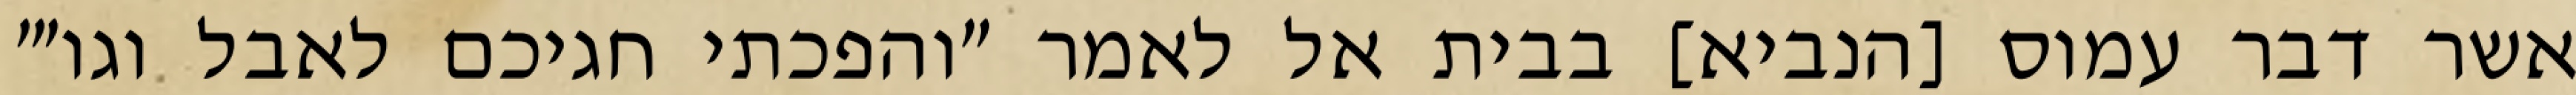
אשר דבר עמוס [הנביא] בבית אל לאמר "והפכתי חגיכם לאבל וגו׳"